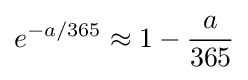
e^{-a/365}\approx 1-{\frac {a}{365}}